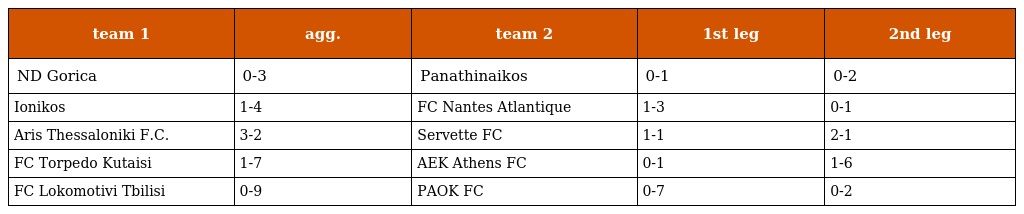
| team 1 | agg. | team 2 | 1st leg | 2nd leg |
 | --- | --- | --- | --- | --- |
 | ND Gorica | 0-3 | Panathinaikos | 0-1 | 0-2 |
 | Ionikos | 1-4 | FC Nantes Atlantique | 1-3 | 0-1 |
 | Aris Thessaloniki F.C. | 3-2 | Servette FC | 1-1 | 2-1 |
 | FC Torpedo Kutaisi | 1-7 | AEK Athens FC | 0-1 | 1-6 |
 | FC Lokomotivi Tbilisi | 0-9 | PAOK FC | 0-7 | 0-2 |